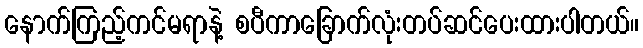
နောက်ကြည့်ကင်မရာနဲ့ စပီကာခြောက်လုံးတပ်ဆင်ပေးထားပါတယ်။